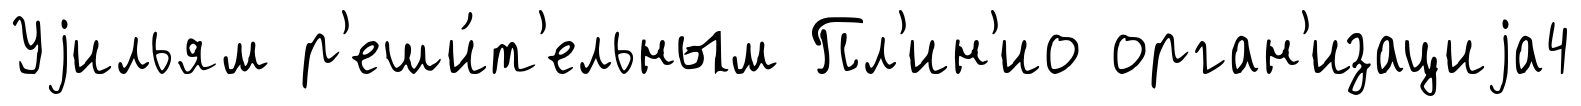
Уjильям р'еши́т'ельным Пл'ин'ио орган'изациjа4